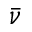
\bar { \nu }